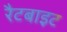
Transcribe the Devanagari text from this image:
रैटबाइट